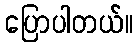
ပြောပါတယ်။